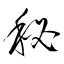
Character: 秘